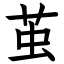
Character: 茧